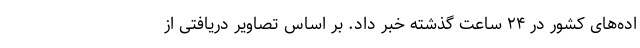
اده‌های کشور در ۲۴ ساعت گذشته خبر داد. بر اساس تصاویر دریافتی از